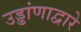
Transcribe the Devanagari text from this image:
उड्डांणाद्वारे